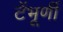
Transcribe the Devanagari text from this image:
टेंभूर्णी